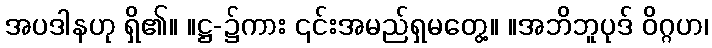
အပဒါနဟု ရှိ၏။ ။ဋ္ဌ-၌ကား ၎င်းအမည်ရှမတွေ့။ ။အဘိဘူပုဒ် ဝိဂ္ဂဟ၊